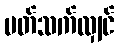
ပတ်သက်လျှင်